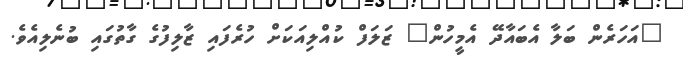
"އަހަރެން ބަލާ އެބައާދޭ އެމީހުން" ޒަލަފް ކުއްލިއަކަށް ހުރެފައި ޒާލިފުގެ ގާތުގައި ބުނެލިއެވެ.